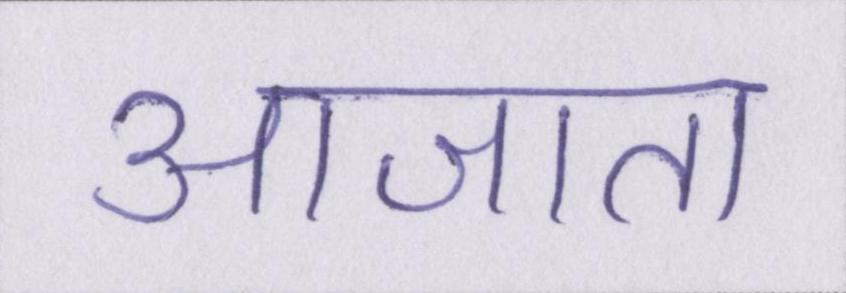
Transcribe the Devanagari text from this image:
आजा॑ता